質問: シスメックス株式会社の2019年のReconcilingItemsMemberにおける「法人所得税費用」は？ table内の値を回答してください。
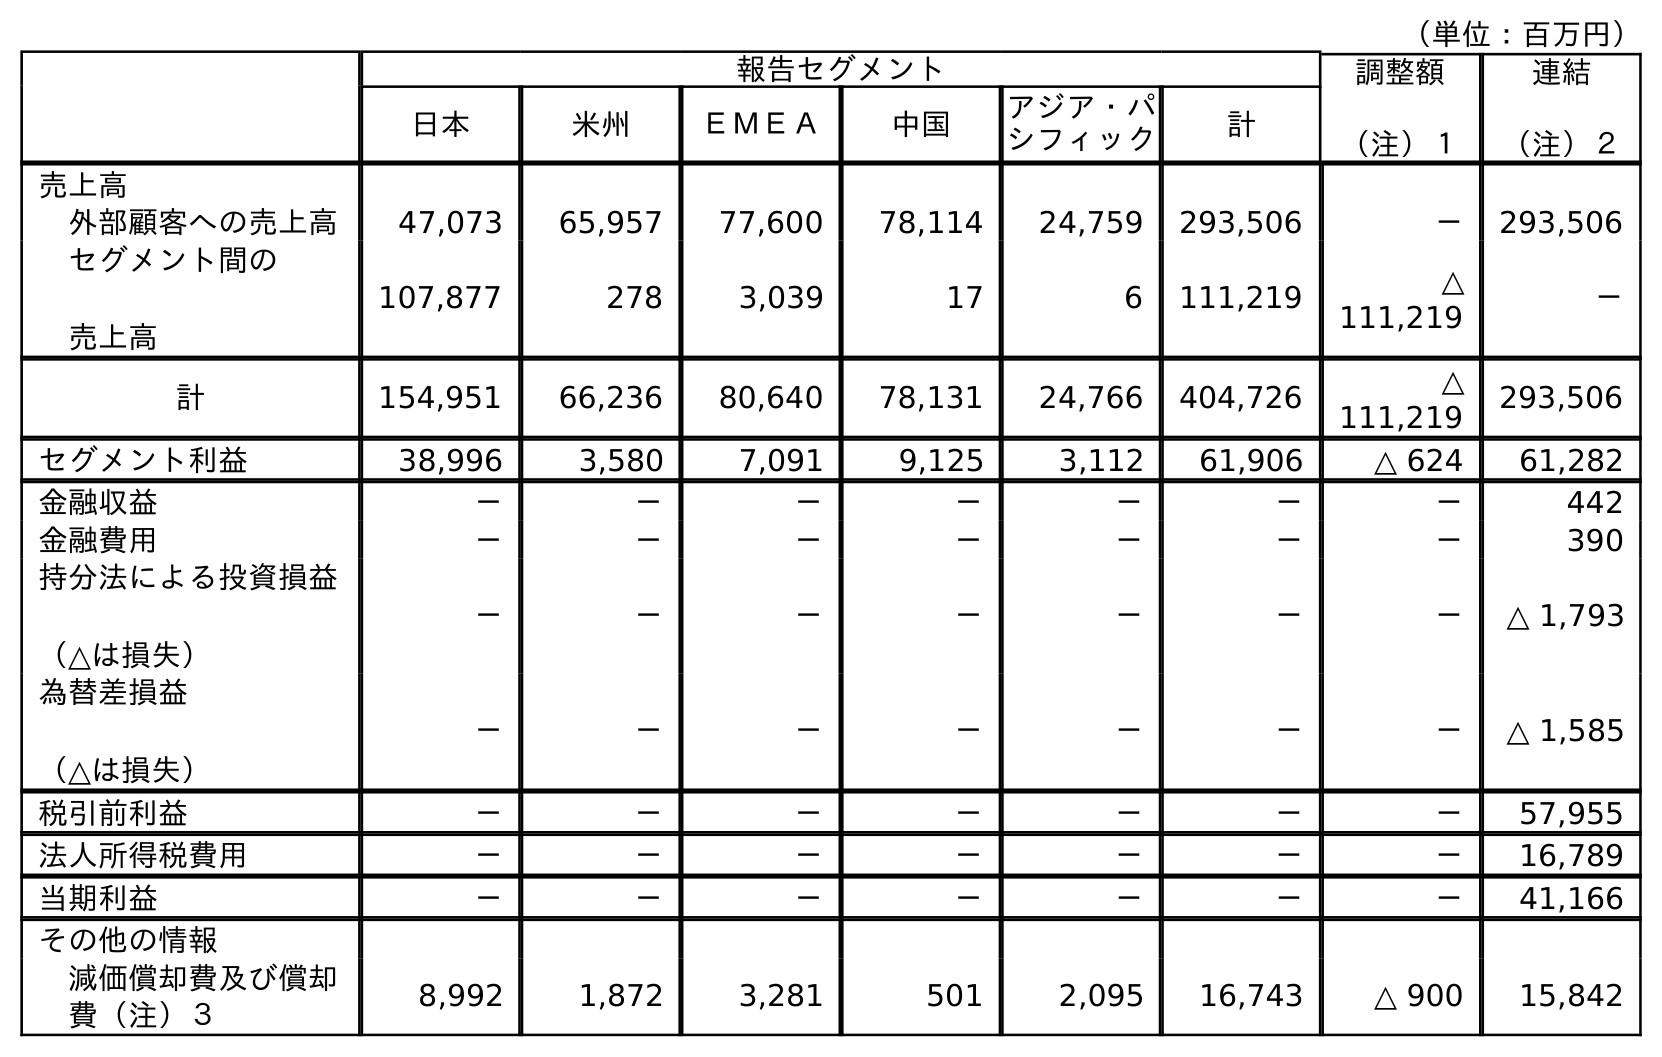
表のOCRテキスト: （単位：百万円） 報告セグメント 調整額 （注）１ 連結 （注）２ 日本 米州 ＥＭＥＡ 中国 アジア・パ シフィック 計 売上高 外部顧客への売上高 47,073 65,957 77,600 78,114 24,759 293,506 － 293,506 セグメント間の 売上高 107,877 278 3,039 17 6 111,219 △ 111,219 － 計 154,951 66,236 80,640 78,131 24,766 404,726 △ 111,219 293,506 セグメント利益 38,996 3,580 7,091 9,125 3,112 61,906 △ 624 61,282 金融収益 － － － － － － － 442 金融費用 － － － － － － － 390 持分法による投資損益 （△は損失） － － － － － － － △ 1,793 為替差損益 （△は損失） － － － － － － － △ 1,585 税引前利益 － － － － － － － 57,955 法人所得税費用 － － － － － － － 16,789 当期利益 － － － － － － － 41,166 その他の情報 減価償却費及び償却 費（注）３ 8,992 1,872 3,281 501 2,095 16,743 △ 900 15,842
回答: －